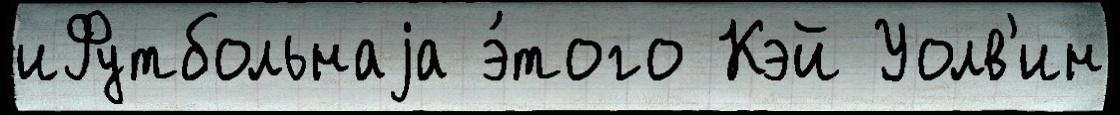
иФутбольнаjа э́того Кэй Уолв'ин